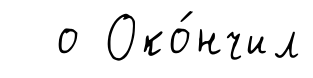
о Око́нчил